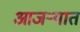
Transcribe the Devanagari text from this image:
आजऱ्यात